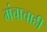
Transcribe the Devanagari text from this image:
मंचाचाही